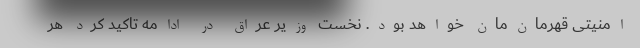
امنیتی قهرمان‌مان خواهد بود. نخست وزیر عراق در ادامه تاکید کرد هر